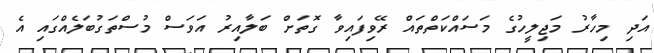
އަދި މިހާރު މަޖިލީހުގެ މަސައްކަތްތައް ރޭވިފައިވާ ގޮތަށް ބަލާއިރު އަވަސް މުސްތަގުބަލެއްގައި އެ